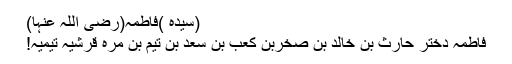
(سیّدہ )فاطمہ(رضی اللہ عنہا)
فاطمہ دختر حارث بن خالد بن صخربن کعب بن سعد بن تیم بن مرہ قرشیہ تیمیہ!